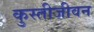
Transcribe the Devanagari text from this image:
कुस्तीजीवन